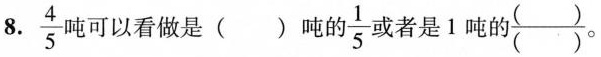
8.\frac{4}{5}吨可以看做是（）吨的\frac{1}{5}或者是1吨的\frac{（）}{（）}。